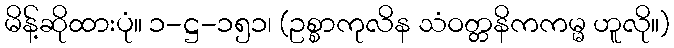
မိန့်ဆိုထားပုံ။ ၁-ဋ္ဌ-၁၅၁၊ (ဥစ္စာကုလိန သံဝတ္တနိကကမ္မ ဟူလို။)